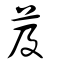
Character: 芨